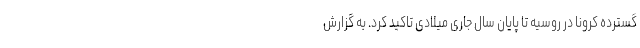
گسترده کرونا در روسیه تا پایان سال جاری میلادی تاکید کرد. به گزارش